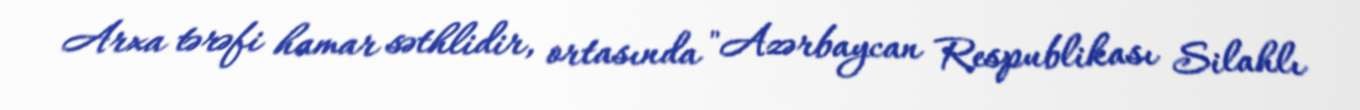
Arxa tərəfi hamar səthlidir, ortasında "Azərbaycan Respublikası Silahlı